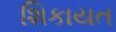
શિકાયત